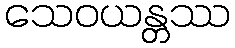
သေဝယန္တဿ